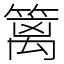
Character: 篱